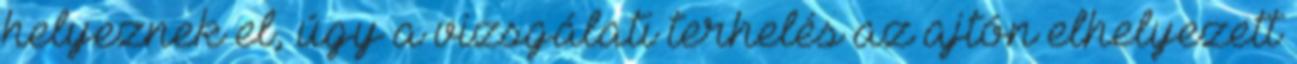
helyeznek el, úgy a vizsgálati terhelés az ajtón elhelyezett